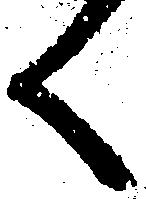
く